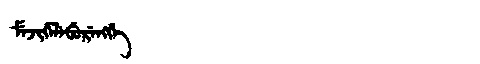
Manchu: ᠮᡝᠵᡳᡤᡝᠯᡝᠪᡠᡵᡝᠩᡤᡝ
Romanization: MEJIGELEBURENGGE